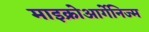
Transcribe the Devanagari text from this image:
माइक्रोआर्गेनिज्म